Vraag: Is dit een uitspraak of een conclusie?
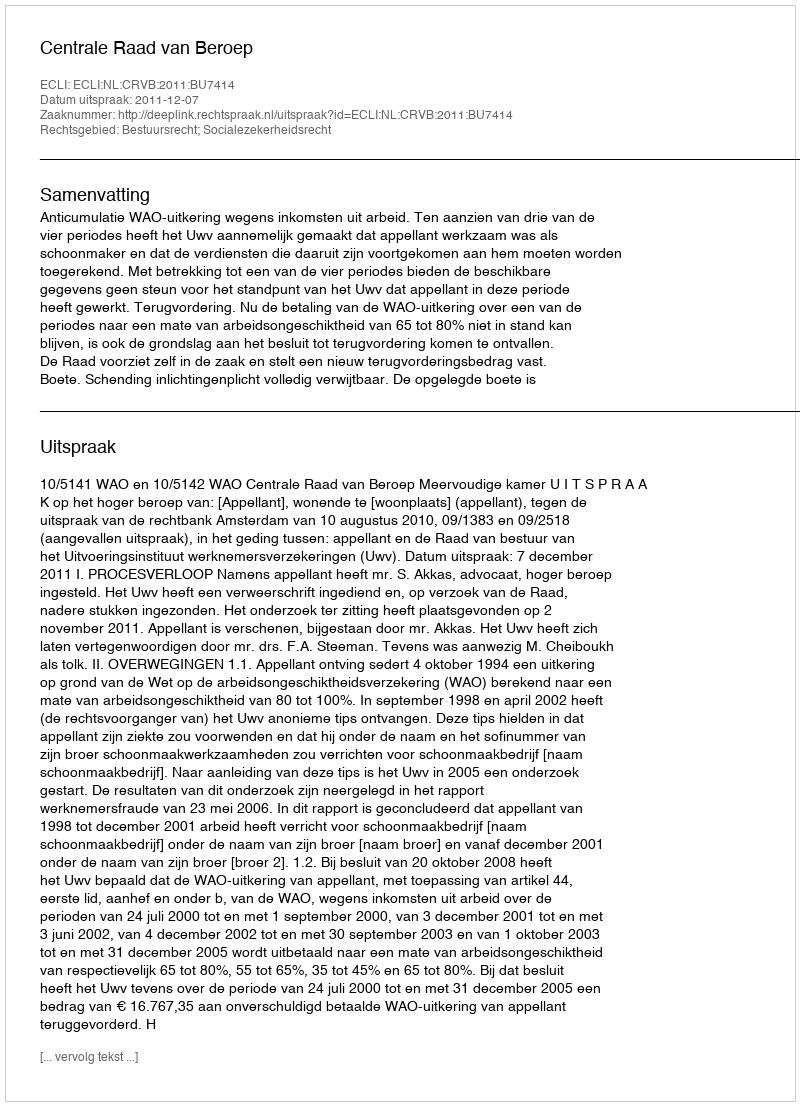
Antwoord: Uitspraak